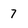
Character: 7